Vital statistics of India. Vol. VI, European troops 1870-79
Year: 1870
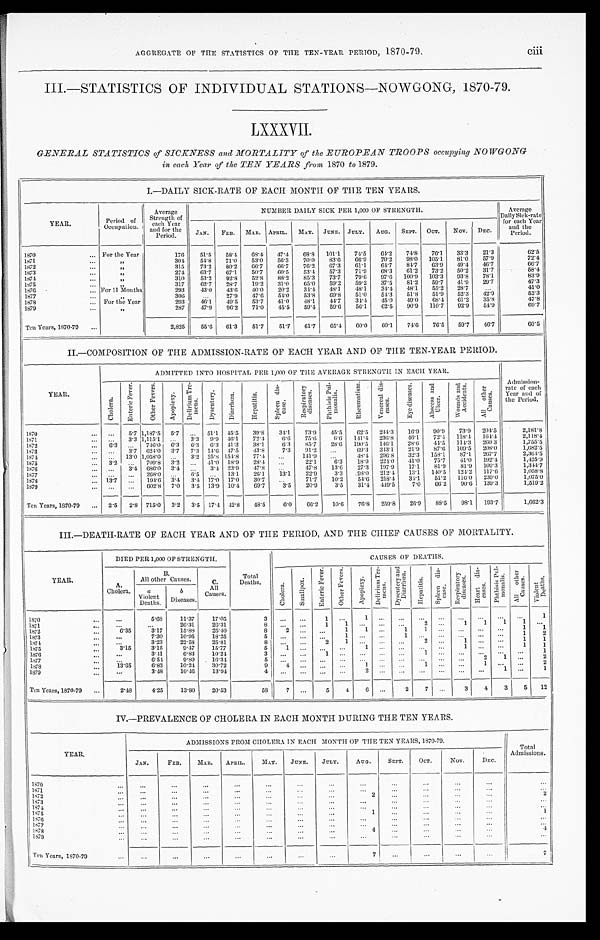
ciii
AGGREGATE OF THE STATISTICS OF THE TEN-YEAR PERIOD, 1870-79.
III.—STATISTICS OF INDIVIDUAL STATIONS—NOWGONG, 1870-79.
L X X X V I I .
GENERAL STATISTICS of SICKNESS and MORTALITY of the EUROPEAN TROOPS occupying NOWGONG
in each, Year of the TEN YEARS from 1870 to 1 8 7 9 .
I. —DAILY SICK-RATE OF EACH MONTH OF THE TEN YEARS.
Y E A R .
Period of
Occupation.
Average
Strength of
each Year
a n d f o r t h e Period.
NUMBER DAI LY SI CK PER 1, 000 OF STRENGTH.
Average
Daily Sick-rate
for each Year
and the
P e r i o d .
JAN. FEB. MAR. APRIL. MAY. JUNE. JULY. AUG. SEPT. OCT. NOV. DEC.
1870
For the Year
176 51.5 58.4 68.4 47.4 68.8 101.1 74.5 64.2 74.8 76.1 33.3 21. 3
6 2 . 5
1871
„
304 54.8 71.0 53.0 56.3 70.0 83.6 66.9 70.2 98.0 105.1 81.0 57. 9
7 2 . 4
1872
„ 315 73.2 80.2 66.7 66.7 76.2 67.3 61.1 64.7 84.7 63.9 49.4 46. 7
6 6 . 7
1873
„
274 63.7 67.1 50.7 60.5 53.4 57.3 71.9 68.3 61.2 73.2 50.2 31.7
5 8 . 4
1874
„ 310 53.2 92.8 52.8 88.2 85.3 73.7 79.6 97.6 100.9 103.3 93.8 78. 1
8 3 . 9
1875
„
317 62.7 28.7 19.2 3l.0 65.0 59.2 59.2 37.5 81.2 59.7 41.9 29. 7
4 7 . 3
1876
For 11 Months
293 43.0 43.6 40.0 20.2 34.4 48.1 48.1 34.4 48.1 55.2 28.7
4 1 . 0
1877
306
27.9 47.6 54.0 53.8 69.8 51.0 5 73 51.8 51.9 52.3 42. 9
5 2 . 3
1878
For the Year
293 46.1 49.5 53.7 41.0 48.1 44.7 34.4 45.0 49.0 68.4 61.2 35. 8
4 7 . 8
1879
287 47.9 96.2 71.0 45.5 59.4 59.6 56.1 62.5 90.9 110.7 92.9 54. 9
6 9 . 7
Ten Years, 1870-79
2,825 55.6 61.3 51.7 51.7 61.7 65.4 60.0 60.1 74.6 76.5 59.7 46. 7
60.5
II.—COMPOSITION OF THE ADMISSION-RATE OF EACH YEAR AND OF THE TEN-YEAR PERIOD.
Y E A R .
ADMITTED INTO HOSPITAL PER 1,000 OF THE AVERAGE STRENGTH IN EACH YEAR.
Admission-
rate of each
Year and of
t h e P e r i o d .
C h o l e r a .
E n t r i c F e v e r . O t h e r F e v e r s .
A p o p l e x y .
D e l i r i u m T r e -
m e n s .
D y s e n t e r y . D i a r r h œ a .
H e p a t i t i s .
S p l e e n d i s -
e a s e .
R e s p i r a t o r y d i s e a s e s .
P h t h i s i s P u l -
m o n a l i s .
R h e u m a t i s m .
V e n r a l d i s -
e a s e s .
E y e d i s e a s e s . A b s c e s s a n d U l c e r .
W o u n d s a n d A c c i d e n t s .
A l l o t h e r C a u s e s .
1 8 7 0
5.7 1,187.5 5.7
51.1 45.5 39.8 34.1 73.9 45.5 62.5 244.3 16.9 90.9 73.9 204.5
2 , 1 8 1 . 8
1871
3.3 1,115.1
3.3 9. 9 46.1 72.4
6 . 6 75.6
6 . 6 141.4 236.8 46.1 72.4 118.4 164.4
2 , 1 1 8 . 4
1872
6.3
746.0 6.3 6.3 6.3 41.3 38.1
6 . 3 85.7 28.6 190.5 146.1 28.6 44.5 114.3 260.3
1 , 7 5 5 . 5
1873
3.7 624.0 3.7 7.3 14.6 47.5
4 3 . 8 7.3 91.2
69.3 343.1 21.9 87.6 109.5 208.0
1 , 6 8 2 . 5
1874
13.0 1,058.0
3.2 25.8 154. 8 77.4
141.9
48.4 296.8 32.3 158.1 87.1 267.7
2 , 3 6 4 . 5
1875
3 . 2
709.8 3.2
41. 0 18.9 28.4
22.1
6 . 3 18.9 224.0 41.0 75.7 41.0 192.4
1 , 4 2 5 . 9
1876
3 . 4
686.0 3.4
3.4 23.9 47.8
47.8 13.6 27.3 197.9 17.1 81.9 81.9 109.3
1 , 3 4 4 . 7
1877
268.0
6.5
13. 1 26.1 13.1 22.9 3.3 98.0 212.4 13.1 140.5 124.2 117.6
1 , 0 5 8 . 8
1878
13.7
194.6 3.4 3.4 17.0 17. 0 30.7
71.7 10.2 54.6 218.4 34.1 51.2 116.0 239.0
1 , 0 7 5 . 0
1879
602.8 7.0 3.5 13.9 10.4 69.7 3.5 20.9 3.5 31.4 449.5 7.0 66.2 90.6 139.3
1 , 5 1 9 . 2
Ten Years, 1870-79
2.5 2.8 715.0 3.2 3.5 17.4 42.8 48.5
6 . 0 66.2 10.6 76.8 259.8 26.9 88.5 98.1 193.7
1 , 6 6 2 . 3
III.—DEATH-RATE OF EACH YEAR AND OF THE PERIOD, AND THE CHIEF CAUSES OF MORTALITY.
Y E A R .
DIED PER 1,000 OF STRENGTH.
Total
Deaths.
C A U S E S O F D E A T H S .
A .
Cholera .
B
All other Causes. C
All
Causes .
C h o l e r a . S m a l l p o x .
E n t e r i c F e v e r . O t h e r F e v e r s .
A p o p l e x y .
D e l i r i u m T r e -
me n s .
D y s e n t e r y a n d
D i a r r h œ a .
H e p a t i t i s . S p l e e n d i s -
e a s e .
R e s p i r a t o r y
d i s e a s e s . H e a r t d i s -
e a s e s . Ph t h i s i s Pu l -
monal i s. A l l o t h e r C a u s e s .
V i o l e n t
D e a t h s .
a
Violent Deaths.
b
Diseases.
1870
5.68 11.37 17.05
3
1
1
1
1871
26.31 26.31
8
1 1
2
1 1 1 1
1872
6.35
3.17 15.88 25.40
8 2
1 1
1 1
1 1
1873
7.30 10.95 18.25
5
1
1
1 2
1874
3.23 22.58 25.81
8
2
1
2
1
1 1
1875
3.15 3.15
9.47 15.77
5
1
1
1
1 1
1876
3.41 6.83 10.24
3
1
1
1
1877
6.54 9.80 16.34
5
2 1
2
1878
13.65 6.83 10.24
3 0 . 7 2
9
4
1
1
1
2
1879
3.48 10.46 13.94
4
2
1
1
Ten Years, 1870-79 2.48 4.25 13.80 20.53
58
7
5 4
6
2 7
3 4 3 5 12
IV.—PREVALENCE OF CHOLERA IN EACH MONTH DURING THE TEN YEARS.
Y E A R .
ADMISSIONS FROM CHOLERA IN EACH MONTH OF THE TEN YEARS, 1870-79.
Total
Ad mi s s i o n s .
J AN.
FEB.
MAR. APRIL.
M A Y . JUNE. JULY.
AUG. SEPT. O C T .
NOV.
DEC.
1870 1871 1872
2
2
1873 1874 1875
1
1
1876 1877 1878
4
4
1879
Ten Years, 1870-79
7
7